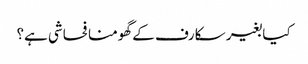
کیا بغیر سکارف کے گھومنا فحاشی ہے؟